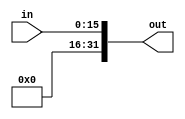
`timescale 1ns / 1ps
////////////////////////////////////////////////////////////////////////////////
// ECE369 - Computer Architecture
// 
// Module - SignExtension.v
// Description - Sign extension module.
////////////////////////////////////////////////////////////////////////////////
module ZeroExtension(in, out);
    /* A 16-Bit input word */
    input [15:0] in;

    /* A 32-Bit output word */
    output reg [31:0] out;
    
    /* Fill in the implementation here ... */
    always @ (in) begin
    	out <= { 16'd0 , in[15:0] };
    end
endmodule